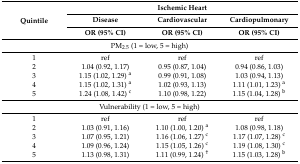
<table><thead><tr><td rowspan="3"><b>Quintile</b></td><td colspan="3"><b>Ischemic Heart</b></td></tr><tr><td><b>Disease</b></td><td><b>Cardiovascular</b></td><td><b>Cardiopulmonary</b></td></tr><tr><td><b>OR (95% CI)</b></td><td><b>OR (95% CI)</b></td><td><b>OR (95% CI)</b></td></tr></thead><tbody><tr><td colspan="4">PM<sub>2.5</sub> (1 = low, 5 = high)</td></tr><tr><td>1</td><td>ref</td><td>ref</td><td>ref</td></tr><tr><td>2</td><td>1.04 (0.92, 1.17)</td><td>0.95 (0.87, 1.04)</td><td>0.94 (0.86, 1.03)</td></tr><tr><td>3</td><td>1.15 (1.02, 1.29) <sup>a</sup></td><td>0.99 (0.91, 1.08)</td><td>1.03 (0.94, 1.13)</td></tr><tr><td>4</td><td>1.15 (1.02, 1.31) <sup>a</sup></td><td>1.02 (0.93, 1.13)</td><td>1.11 (1.01, 1.23) <sup>a</sup></td></tr><tr><td>5</td><td>1.24 (1.08, 1.42) <sup>c</sup></td><td>1.10 (0.98, 1.22)</td><td>1.15 (1.04, 1.28) <sup>b</sup></td></tr><tr><td colspan="4">Vulnerability (1 = low, 5 = high)</td></tr><tr><td>1</td><td>ref</td><td>ref</td><td>ref</td></tr><tr><td>2</td><td>1.03 (0.91, 1.16)</td><td>1.10 (1.00, 1.20) <sup>a</sup></td><td>1.08 (0.98, 1.18)</td></tr><tr><td>3</td><td>1.07 (0.95, 1.21)</td><td>1.16 (1.06, 1.27) <sup>c</sup></td><td>1.17 (1.07, 1.28) <sup>c</sup></td></tr><tr><td>4</td><td>1.09 (0.96, 1.24)</td><td>1.15 (1.05, 1.26) <sup>c</sup></td><td>1.19 (1.08, 1.30) <sup>c</sup></td></tr><tr><td>5</td><td>1.13 (0.98, 1.31)</td><td>1.11 (0.99, 1.24) <sup>†</sup></td><td>1.15 (1.03, 1.28) <sup>b</sup></td></tr></tbody></table>